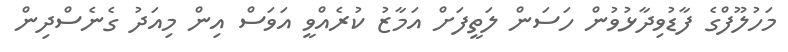
މަހުލޫފްގެ ފާޑުވިދާޅުވުން ހަސަން ލަތީފަށް އަމާޒު ކުރެއްވީ އަވަސް އިން މިއަދު ގެނެސްދިން